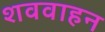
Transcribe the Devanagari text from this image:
शववाहन